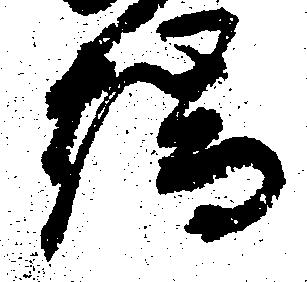
端